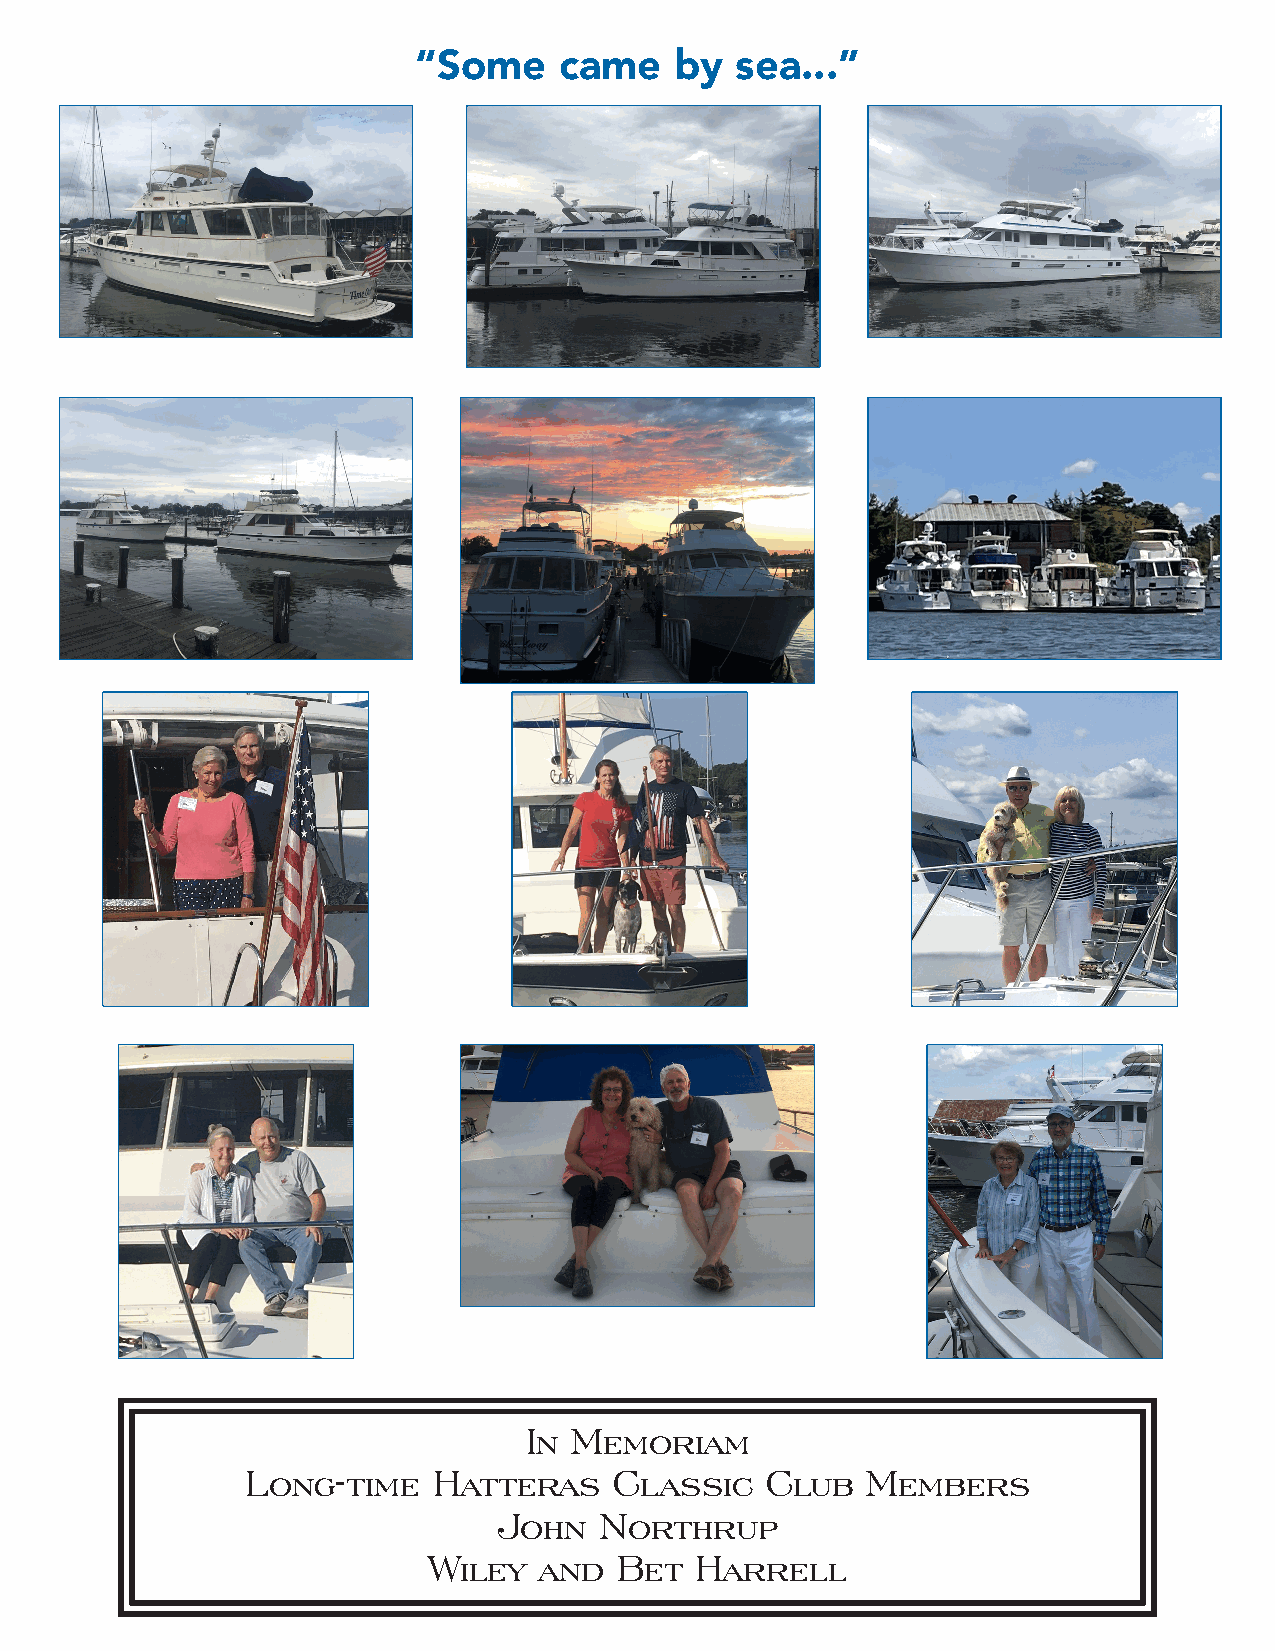
“Some     came    by  sea...”
 In Memoriam
 Long-time    Hatteras    Classic   Club  Members
 John   Northrup
 Wiley   and  Bet  Harrell